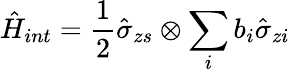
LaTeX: \hat{H}_{int}=\frac{1}{2}\hat{\sigma}_{zs}\otimes\sum_{i}b_{i}\hat{\sigma}_{zi}